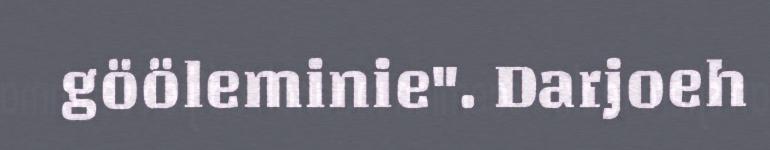
gööleminie". Darjoeh